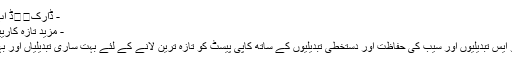
- ڈارکमोڈ اب کام کرتا ہے
- مزید تازہ کارییں آرہی ہیں ...
- حالیہ میک او ایس تبدیلیوں اور سیب کی حفاظت اور دستخطی تبدیلیوں کے ساتھ کاپی پیسٹ کو تازہ ترین لانے کے لئے بہت ساری تبدیلیاں اور بہت سارے کام۔